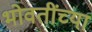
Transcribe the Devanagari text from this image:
भोवतींच्या